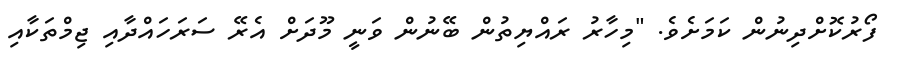
ފޯރުކޮށްދިނުން ކަމަށެވެ. "މިހާރު ރައްޔިތުން ބޭނުން ވަނީ މޫދަށް އެރޭ ސަރަހަައްދާއި ޖިމްތަކާއި